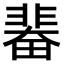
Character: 𩇼